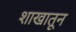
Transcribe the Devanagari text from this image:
शाखातून